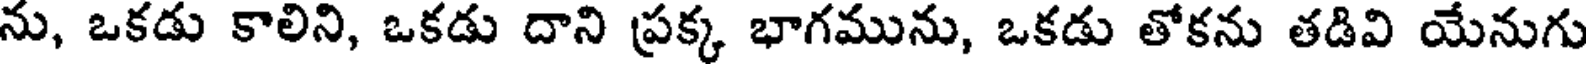
ను, ఒకడు కాలిని, ఒకడు దాని ప్రక్క భాగమును, ఒకడు తోకను తడివి యేనుగు